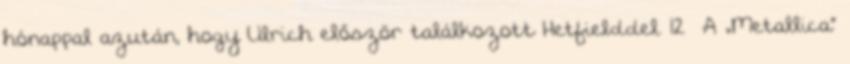
hónappal azután, hogy Ulrich először találkozott Hetfielddel. 12 A „Metallica”